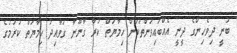
ބުނީ ދިވެހިންގެ ދީނީ އެއްބައިވަންތަކަން ހިމާޔަތް ކުރާ ގާނޫނާ ގަވާއިދު ހިމާޔަތް ކުރުމުގެ